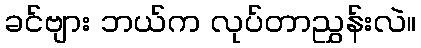
ခင်ဗျား ဘယ်က လုပ်တာညွှန်းလဲ။